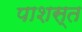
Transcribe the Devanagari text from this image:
पाशस्त